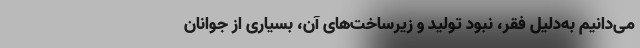
می‌دانیم به‌دلیل فقر، نبود تولید و زیرساخت‌های آن، بسیاری از جوانان